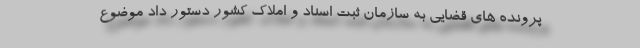
پرونده های قضایی به سازمان ثبت اسناد و املاک کشور دستور داد موضوع